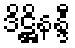
ဒိဋ္ဌိနန္ဒီ